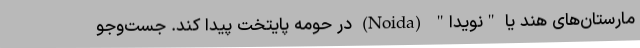
مارستان‌های هند یا "نویدا" (Noida) در حومه پایتخت پیدا کند. جست‌و‌جو